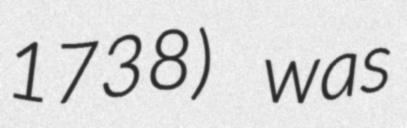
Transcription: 1738) was